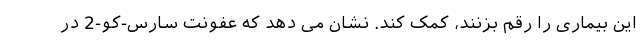
این بیماری را رقم بزنند، کمک کند. نشان می دهد که عفونت سارس-کو-2 در